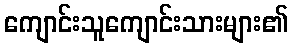
ကျောင်းသူကျောင်းသားများ၏